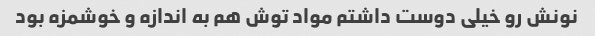
نونش رو خیلی دوست داشتم مواد توش هم به اندازه و خوشمزه بود